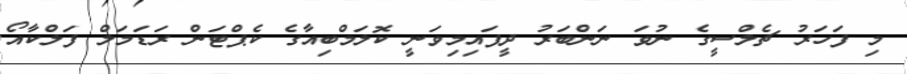
މި ފަހަރު ޗެލްސީގެ ނުވަ ނަންބަރު ދީފައިމިވަނީ ކޮލަމްބިއާގެ ކެޕްޓަން ރަޑަމަލް ފަލްކާއޯ